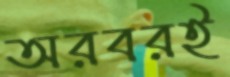
অরবরই